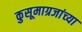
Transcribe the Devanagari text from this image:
कुसूमाग्रजांच्‍या